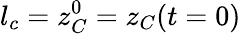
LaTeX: l_{c}=z_{C}^{0}=z_{C}(t=0)